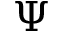
\Psi